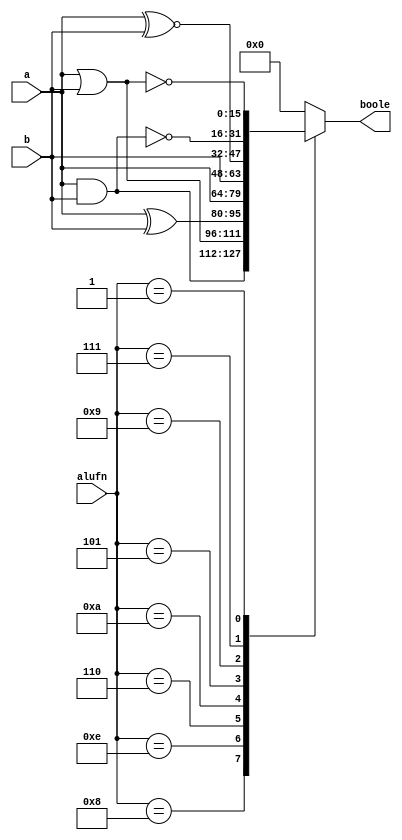
module boolean_6 (
    input [15:0] a,
    input [15:0] b,
    input [3:0] alufn,
    output reg [15:0] boole
  );
  
  
  
  always @* begin
    boole = 16'h0000;
    
    case (alufn)
      4'h0: begin
        boole = 16'h0000;
      end
      4'h8: begin
        boole = a & b;
      end
      4'he: begin
        boole = a | b;
      end
      4'h6: begin
        boole = a ^ b;
      end
      4'ha: begin
        boole = a;
      end
      4'h5: begin
        boole = b;
      end
      4'h9: begin
        boole = a ~^ b;
      end
      4'h7: begin
        boole = ~(a & b);
      end
      4'h1: begin
        boole = ~(a | b);
      end
      default: begin
        boole = 16'h0000;
      end
    endcase
  end
endmodule